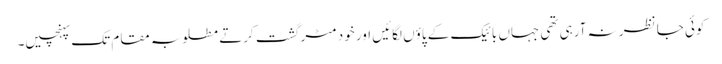
کوئی جا نظر نہ آرہی تھی جہاں بائیک کے پاؤں لگائیں اور خود مٹر گشت کرتے مطلوبہ مقام تک پہنچیں۔